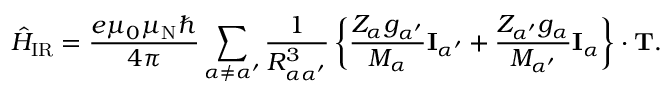
{ \hat { H } } _ { \mathrm { I R } } = { \frac { e \mu _ { 0 } \mu _ { \mathrm { N } } \hbar } { 4 \pi } } \sum _ { \alpha \neq \alpha ^ { \prime } } { \frac { 1 } { R _ { \alpha \alpha ^ { \prime } } ^ { 3 } } } \left\{ { \frac { Z _ { \alpha } g _ { \alpha ^ { \prime } } } { M _ { \alpha } } } \mathbf { I } _ { \alpha ^ { \prime } } + { \frac { Z _ { \alpha ^ { \prime } } g _ { \alpha } } { M _ { \alpha ^ { \prime } } } } \mathbf { I } _ { \alpha } \right\} \cdot \mathbf { T } .